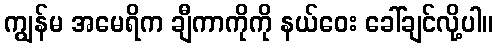
ကျွန်မ အမေရိက ချီကာကိုကို နယ်ဝေး ခေါ်ချင်လို့ပါ။